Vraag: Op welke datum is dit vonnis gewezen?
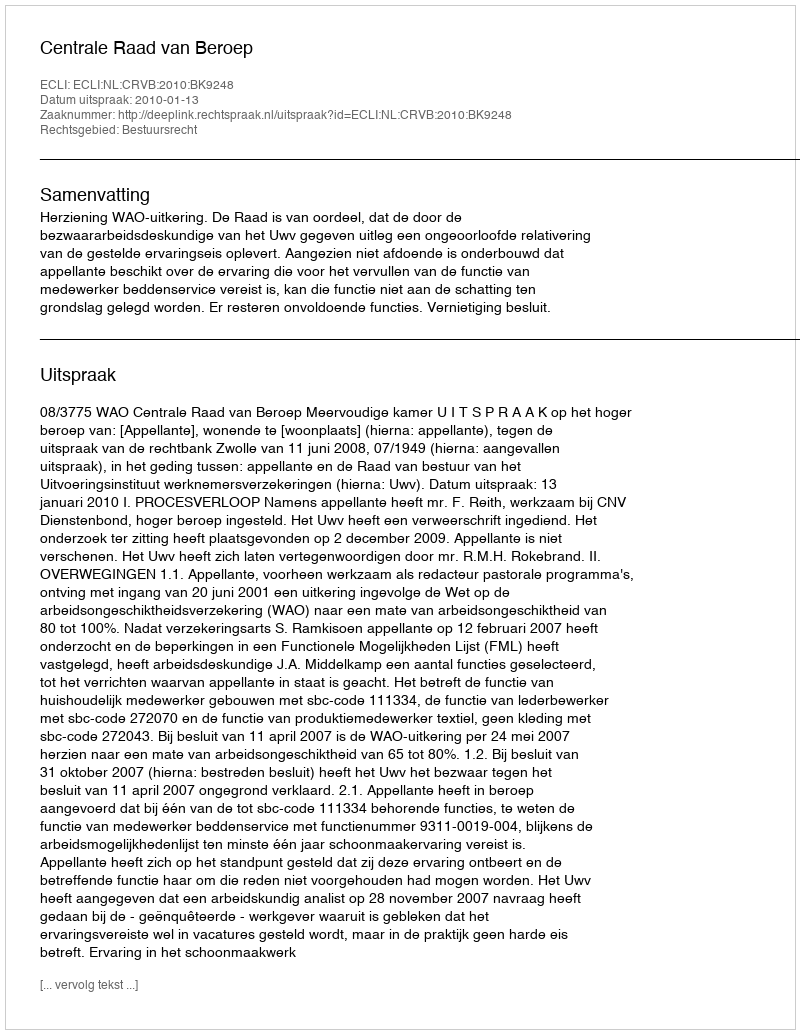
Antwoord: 2010-01-13